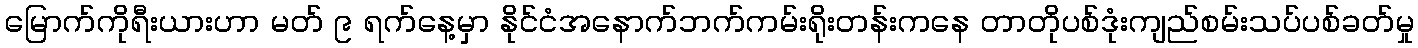
မြောက်ကိုရီးယားဟာ မတ် ၉ ရက်နေ့မှာ နိုင်ငံအနောက်ဘက်ကမ်းရိုးတန်းကနေ တာတိုပစ်ဒုံးကျည်စမ်းသပ်ပစ်ခတ်မှု